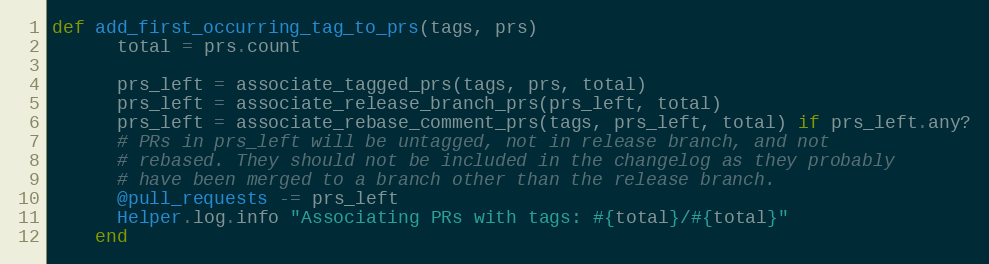
Language: Ruby
def add_first_occurring_tag_to_prs(tags, prs)
      total = prs.count

      prs_left = associate_tagged_prs(tags, prs, total)
      prs_left = associate_release_branch_prs(prs_left, total)
      prs_left = associate_rebase_comment_prs(tags, prs_left, total) if prs_left.any?
      # PRs in prs_left will be untagged, not in release branch, and not
      # rebased. They should not be included in the changelog as they probably
      # have been merged to a branch other than the release branch.
      @pull_requests -= prs_left
      Helper.log.info "Associating PRs with tags: #{total}/#{total}"
    end